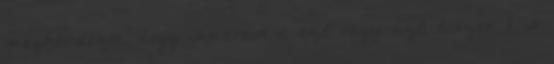
megkérdezte, hogy ismerem-e ezt, vagy azt, hiszen ő is